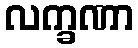
လက္ခဏာ